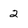
Character: 2